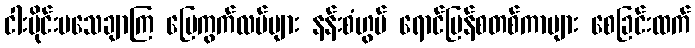
ငါးပိုင်းမသေချာကြ မြေကွက်လပ်များ နန်းစံဟွမ် ရောင်ပြန်စတစ်ကာများ စေခြင်းထက်